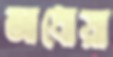
আধোয়া